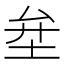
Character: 𡊅